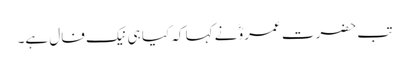
تب حضرت عمروؓ نے کہا کہ کیا ہی نیک فال ہے۔